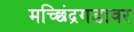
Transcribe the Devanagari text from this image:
मच्छिंद्रगडावर